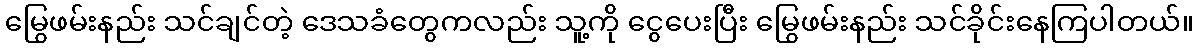
မြွေဖမ်းနည်း သင်ချင်တဲ့ ဒေသခံတွေကလည်း သူ့ကို ငွေပေးပြီး မြွေဖမ်းနည်း သင်ခိုင်းနေကြပါတယ်။